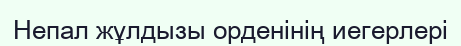
Непал жұлдызы орденінің иегерлері